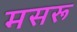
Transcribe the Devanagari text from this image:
मसरू